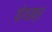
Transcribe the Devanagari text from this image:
योगसत्र